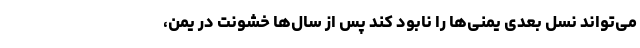
می‌تواند نسل بعدی یمنی‌ها را نابود کند پس از سال‌ها خشونت در یمن،